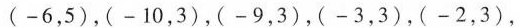
(-6，5)，(-10，3)，(-9，3)，(-3，3)，(-2，3)，